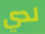
لدي